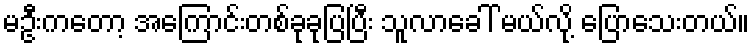
မဦးကတော့ အကြောင်းတစ်ခုခုပြပြီး သူလာခေါ် မယ်လို့ ပြောသေးတယ်။